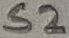
Text: S2